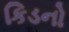
કિડનો